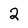
Character: 2